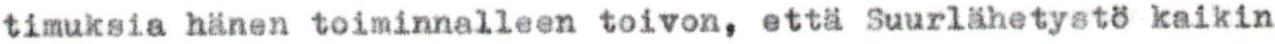
timuksia hänen toiminnalleen toivon, että Suurlähetystö kaikin